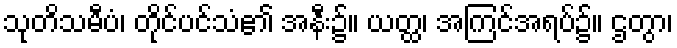
သုတိသမီပံ၊ တိုင်ပင်သံ၏ အနီး၌။ ယတ္ထ၊ အကြင်အရပ်၌။ ဌတွာ၊